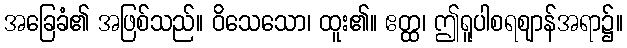
အခြေခံ၏ အဖြစ်သည်။ ဝိသေသော၊ ထူး၏။ ဧတ္ထ၊ ဤရူပါစရဈာန်အရာ၌။